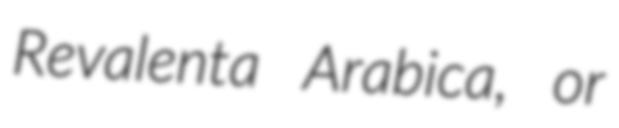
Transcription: Revalenta Arabica, or